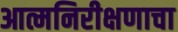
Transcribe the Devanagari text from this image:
आत्मनिरीक्षणाचा